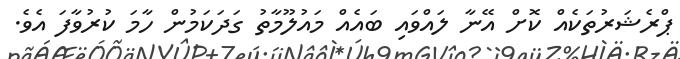
ޕްރެޝަރުތަކެއް ކޮށް އޭނާ ލައްވައި ބައެއް މައުލޫމާތު ގަދަކަމުން ހާމަ ކުރުވާފަ އެވެ.